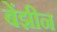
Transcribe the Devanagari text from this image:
बेंझीन